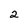
Character: 2